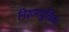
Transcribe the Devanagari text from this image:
निशामधुलिका